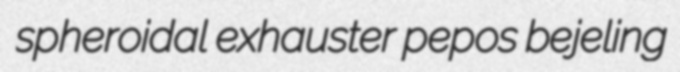
spheroidal exhauster pepos bejeling